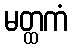
မတ္ထကံ